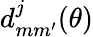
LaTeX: d_{mm^{\prime}}^{j}(\theta)